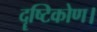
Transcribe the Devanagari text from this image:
दॄष्‍टिकोण।